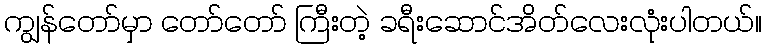
ကျွန်တော်မှာ တော်တော် ကြီးတဲ့ ခရီးဆောင်အိတ်လေးလုံးပါတယ်။